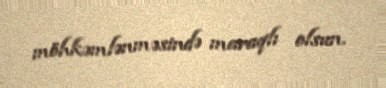
möhkəmlənməsində maraqlı olsun.